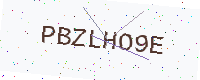
Text: PBZLHO9E